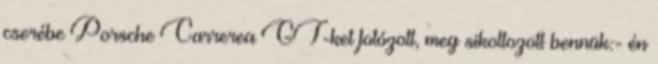
cserébe Porsche Carrerea GT-ket fotózott, meg sikoltozott bennük:- én